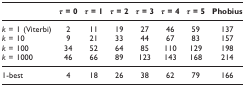
|  | τ = 0 | τ = 1 | τ = 2 | τ = 3 | τ = 4 | τ = 5 | Phobius |
 | --- | --- | --- | --- | --- | --- | --- | --- |
 | k = 1 (Viterbi) | 2 | 11 | 19 | 27 | 46 | 59 | 137 |
 | k = 10 | 9 | 21 | 33 | 44 | 67 | 83 | 157 |
 | k = 100 | 34 | 52 | 64 | 85 | 110 | 129 | 198 |
 | k = 1000 | 46 | 66 | 89 | 123 | 143 | 168 | 214 |
 | 1-best | 4 | 18 | 26 | 38 | 62 | 79 | 166 |